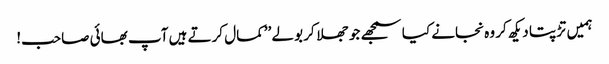
ہمیں تڑپتا دیکھ کر وہ نجانے کیا سمجھے جو جھلا کر بولے ’’کمال کرتے ہیں آپ بھائی صاحب!